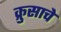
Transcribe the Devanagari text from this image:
क्रुसाचे